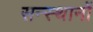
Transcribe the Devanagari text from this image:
सन्स्थानों